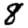
Digit: 8